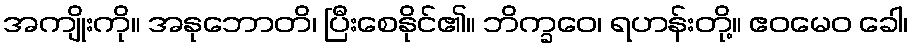
အကျိုးကို။ အနုဘောတိ၊ ပြီးစေနိုင်၏။ ဘိက္ခဝေ၊ ရဟန်းတို့။ ဧဝမေဝ ခေါ၊